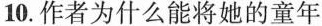
10.作者为什么能将她的童年